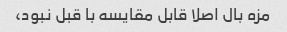
مزه بال اصلا قابل مقایسه با قبل نبود،